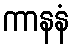
ကာနနံ